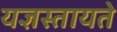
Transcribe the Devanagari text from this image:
यज्ञस्तायते